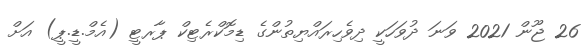
26 ޖޫން 2021 ވަނަ ދުވަހަކީ ދިވެހިރައްޔިތުންގެ ޑިމޮކްރެޓިކް ޕާރޓީ (އެމް.ޑީ.ޕީ) އަށް